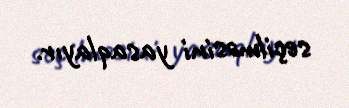
seçilməsini yasaqlayır.